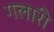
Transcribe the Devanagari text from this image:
गलारी